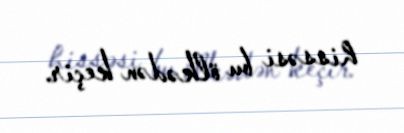
hissəsi bu ölkədən keçir.